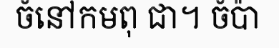
ចំនៅកមពុ ជា។ ចំប៉ា